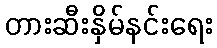
တားဆီးနှိမ်နင်းရေး